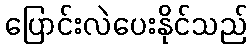
ပြောင်းလဲပေးနိုင်သည်